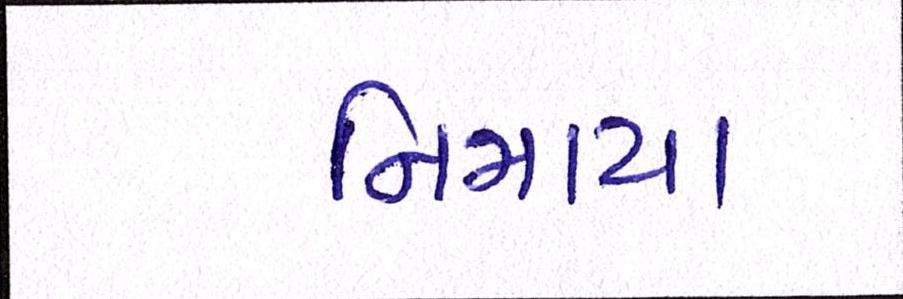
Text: નિમાયા